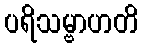
ပရိသမ္ဗာဟတိ